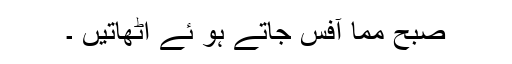
صبح مما آفس جاتے ہو ئے اٹھاتیں ۔